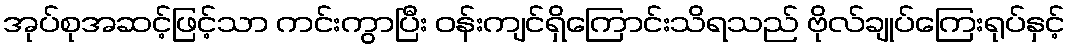
အုပ်စုအဆင့်ဖြင့်သာ ကင်းကွာပြီး ဝန်းကျင်ရှိကြောင်းသိရသည် ဗိုလ်ချုပ်ကြေးရုပ်နှင့်